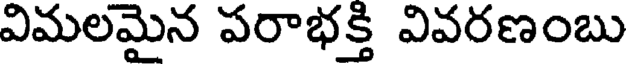
విమలమైన పరాభక్తి వివరణంబు